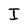
Character: I